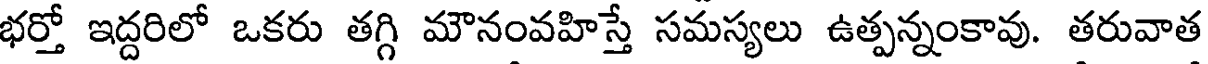
భర్తో ఇద్దరిలో ఒకరు తగ్గి మౌనంవహిస్తే సమస్యలు ఉత్పన్నంకావు. తరువాత